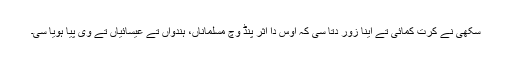
سِکّھی نے کِرت کمائی تے اینا زور دِتا سی کہ اُوس دا اثر پِنڈ وچ مُسلماناں، ہِندواں تے عیسائیاں تے وی پیا ہویا سی۔